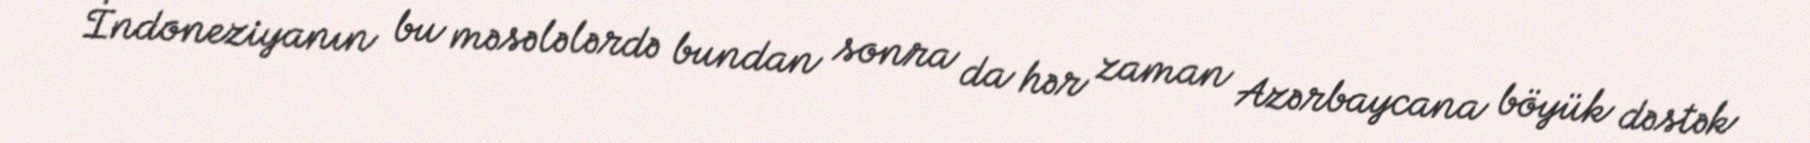
İndoneziyanın bu məsələlərdə bundan sonra da hər zaman Azərbaycana böyük dəstək